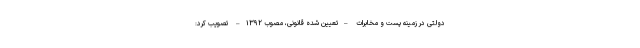
دولتی در زمینه پست و مخابرات –تعیین شده قانونی، مصوب ۱۳۹۲– تصویب کرد: